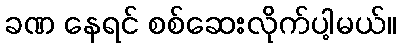
ခဏ နေရင် စစ်ဆေးလိုက်ပါ့မယ်။